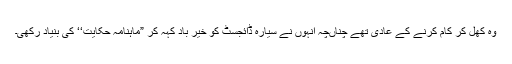
وہ کھل کر کام کرنے کے عادی تھے چناںچہ انہوں نے سیارہ ڈائجسٹ کو خیر باد کہہ کر ”ماہنامہ حکایت‘‘ کی بنیاد رکھی۔